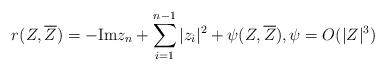
LaTeX: \begin{align*}r(Z, \overline{Z})=-\mathrm{Im}z_{n}+ \sum_{i=1}^{n-1}|z_i|^2+\psi(Z, \overline{Z}), \psi=O(|Z|^3)\end{align*}